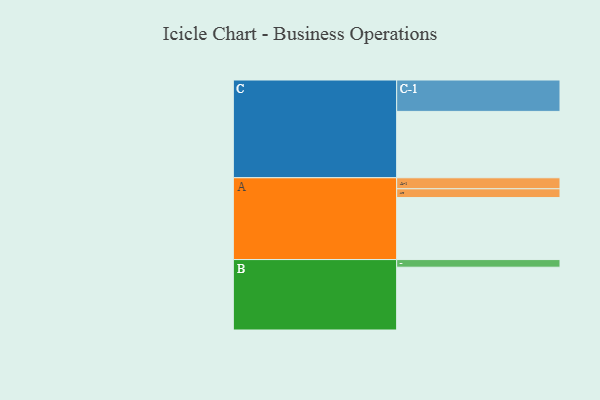
{"axis": {"x": "Segment", "y": "Value"}, "legend": ["", "A", "B", "C"], "data": [{"x": "A", "y": 535, "type": ""}, {"x": "B", "y": 542, "type": ""}, {"x": "C", "y": 573, "type": ""}, {"x": "A-1", "y": 95, "type": "A"}, {"x": "A-2", "y": 76, "type": "A"}, {"x": "B-1", "y": 66, "type": "B"}, {"x": "C-1", "y": 271, "type": "C"}]}